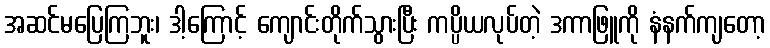
အဆင်မပြေကြဘူး၊ ဒါ့ကြောင့် ကျောင်းတိုက်သွားပြီး ကပ္ပိယလုပ်တဲ့ ဒကာဖြူကို နံနက်ကျတော့